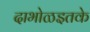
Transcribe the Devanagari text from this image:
दाभोळइतके